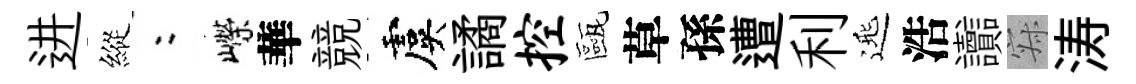
进縱欸嶸華競虞譎控甌草孫遭利𨓱浩讟寂涛